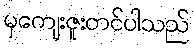
မှကျေးဇူးတင်ပါသည်